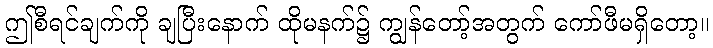
ဤစီရင်ချက်ကို ချပြီးနောက် ထိုမနက်၌ ကျွန်တော့်အတွက် ကော်ဖီမရှိတော့။